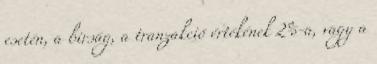
esetén, a birság, a tranzakció értékének 2%-a, vagy a